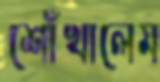
শোঁখালেম